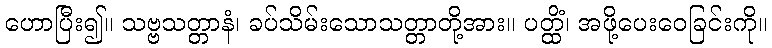
ဟောပြီး၍။ သဗ္ဗသတ္တာနံ၊ ခပ်သိမ်းသောသတ္တာတို့အား။ ပတ္ထိံ၊ အဖို့ပေးဝေခြင်းကို။